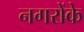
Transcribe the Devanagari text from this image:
नगरोंके